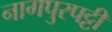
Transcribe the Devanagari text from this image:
नागपुरपट्टी